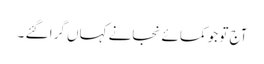
آج تو جو کمائے نجانے کہاں گرا گئے ۔